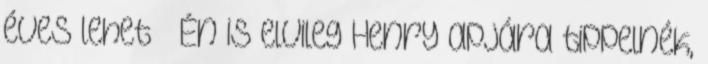
éves lehet – Én is elvileg Henry apjára tippelnék,